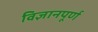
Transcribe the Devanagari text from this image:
विज्ञानपूर्ण